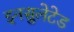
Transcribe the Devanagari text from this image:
इनसुलेटेड